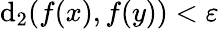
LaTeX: \mathrm{d}_{2}(f(x),f(y))<\varepsilon